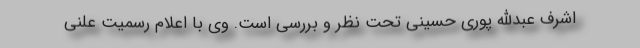
اشرف عبدالله پوری حسینی تحت نظر و بررسی است. وی با اعلام رسمیت علنی